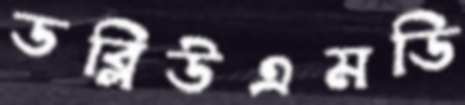
ডব্লিউএমডি